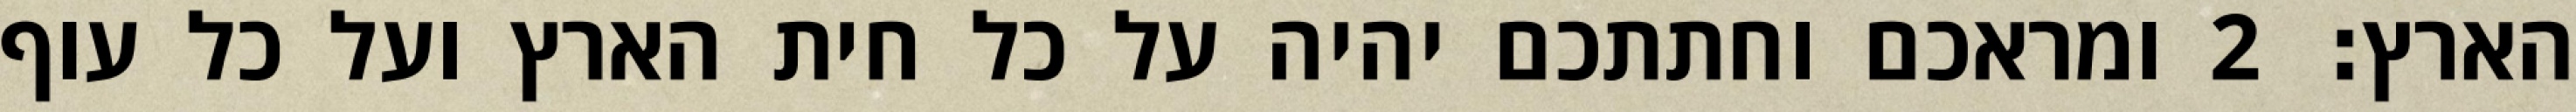
הארץ׃ ‎2‏ ומראכם וחתתכם יהיה על כל חית הארץ ועל כל עוף